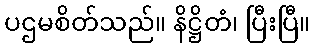
ပဌမစိတ်သည်။ နိဋ္ဌိတံ၊ ပြီးပြီ။